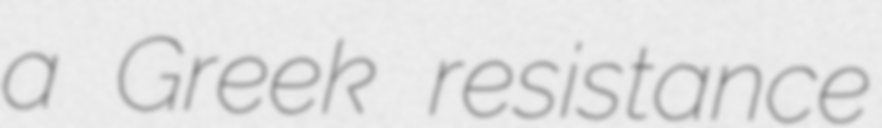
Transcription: a Greek resistance